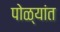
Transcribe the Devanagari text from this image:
पोळ्यांत